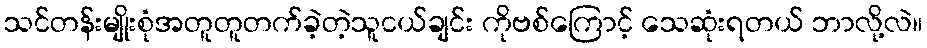
သင်တန်းမျိုးစုံအတူတူတက်ခဲ့တဲ့သူငယ်ချင်း ကိုဗစ်ကြောင့် သေဆုံးရတယ် ဘာလို့လဲ။